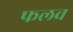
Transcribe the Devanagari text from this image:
फलव